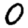
Digit: 0